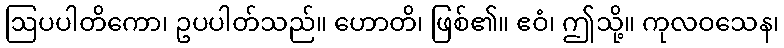
ဩပပါတိကော၊ ဥပပါတ်သည်။ ဟောတိ၊ ဖြစ်၏။ ဧဝံ၊ ဤသို့။ ကုလဝသေန၊